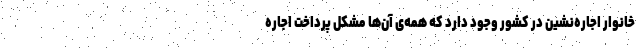
خانوار اجاره‌نشین در کشور وجود دارد که همه‌ی آن‌ها مشکل پرداخت اجاره